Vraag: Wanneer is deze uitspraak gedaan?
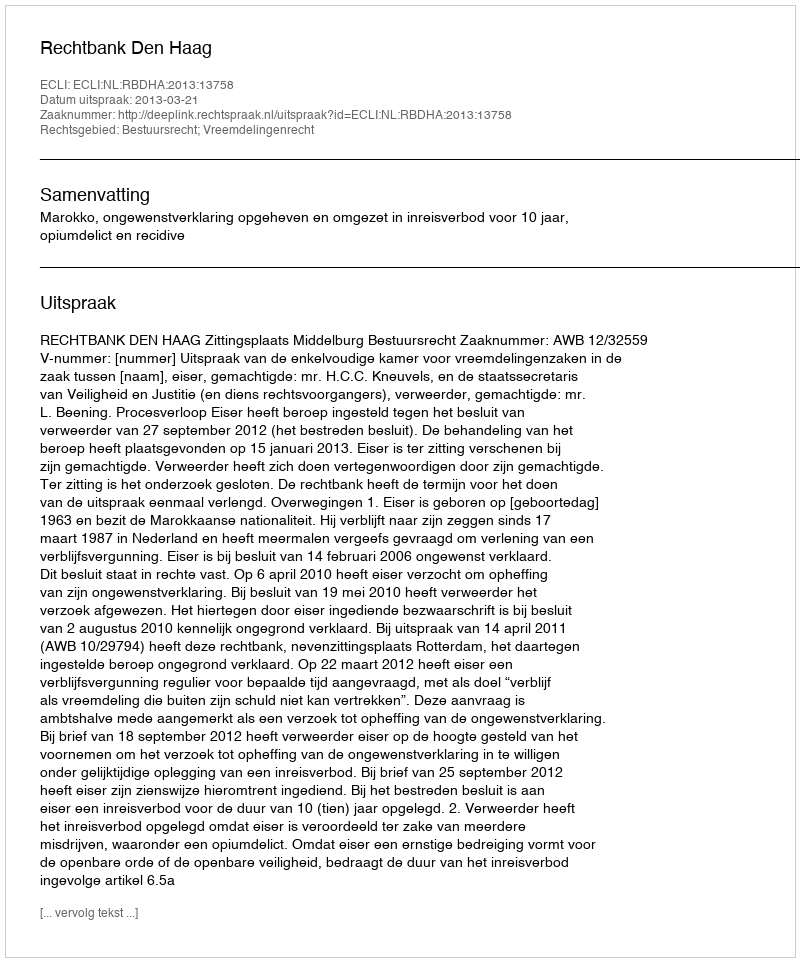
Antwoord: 2013-03-21